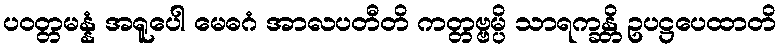
ပဝတ္တမန္နံ အရူပေါ မေဓဂံ အာလပတီတိ ကတ္တဗ္ဗမ္ပိ သာရက္ခန္တိ ဥပဋ္ဌပေထာတိ